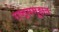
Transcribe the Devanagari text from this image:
राष्ट्रसमूहात